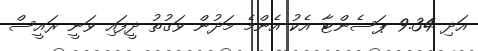
އަދި 9.34 ޕަސެންޓާ އެކު އެންމެ މަދުން ވަގުތު ދީފައި ވަނީ ރައީސް